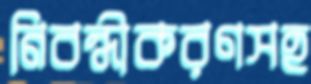
নিবন্ধীকরণসহ